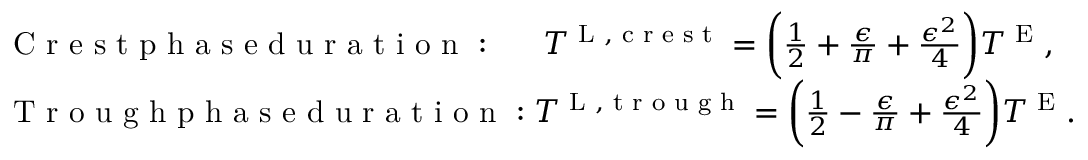
\begin{array} { r l } & { \textnormal { C r e s t p h a s e d u r a t i o n } : \, \, \, \, \, \, \, \, \, T ^ { \textnormal { L } , \textnormal { c r e s t } } = \bigg ( \frac { 1 } { 2 } + \frac { \epsilon } { \pi } + \frac { \epsilon ^ { 2 } } { 4 } \bigg ) T ^ { \textnormal { E } } , } \\ & { \textnormal { T r o u g h p h a s e d u r a t i o n } : T ^ { \textnormal { L } , \textnormal { t r o u g h } } = \bigg ( \frac { 1 } { 2 } - \frac { \epsilon } { \pi } + \frac { \epsilon ^ { 2 } } { 4 } \bigg ) T ^ { \textnormal { E } } . } \end{array}